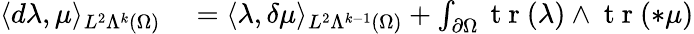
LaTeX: \begin{array}{rl}{\langle d\lambda,\mu\rangle_{L^{2}\Lambda^{k}(\Omega)}}&{{}=\langle\lambda,\delta\mu\rangle_{L^{2}\Lambda^{k-1}(\Omega)}+\int_{\partial\Omega}\mathrm{~t~r~}(\lambda)\wedge\mathrm{~t~r~}(\ast\mu)}\end{array}